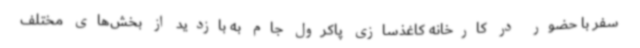
سفر با حضور در کارخانه کاغذسازی پاکرول جام به بازدید از بخش‌های مختلف